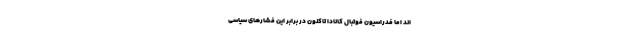
اند اما فدراسیون فوتبال کانادا تاکنون در برابر این فشارهای سیاسی